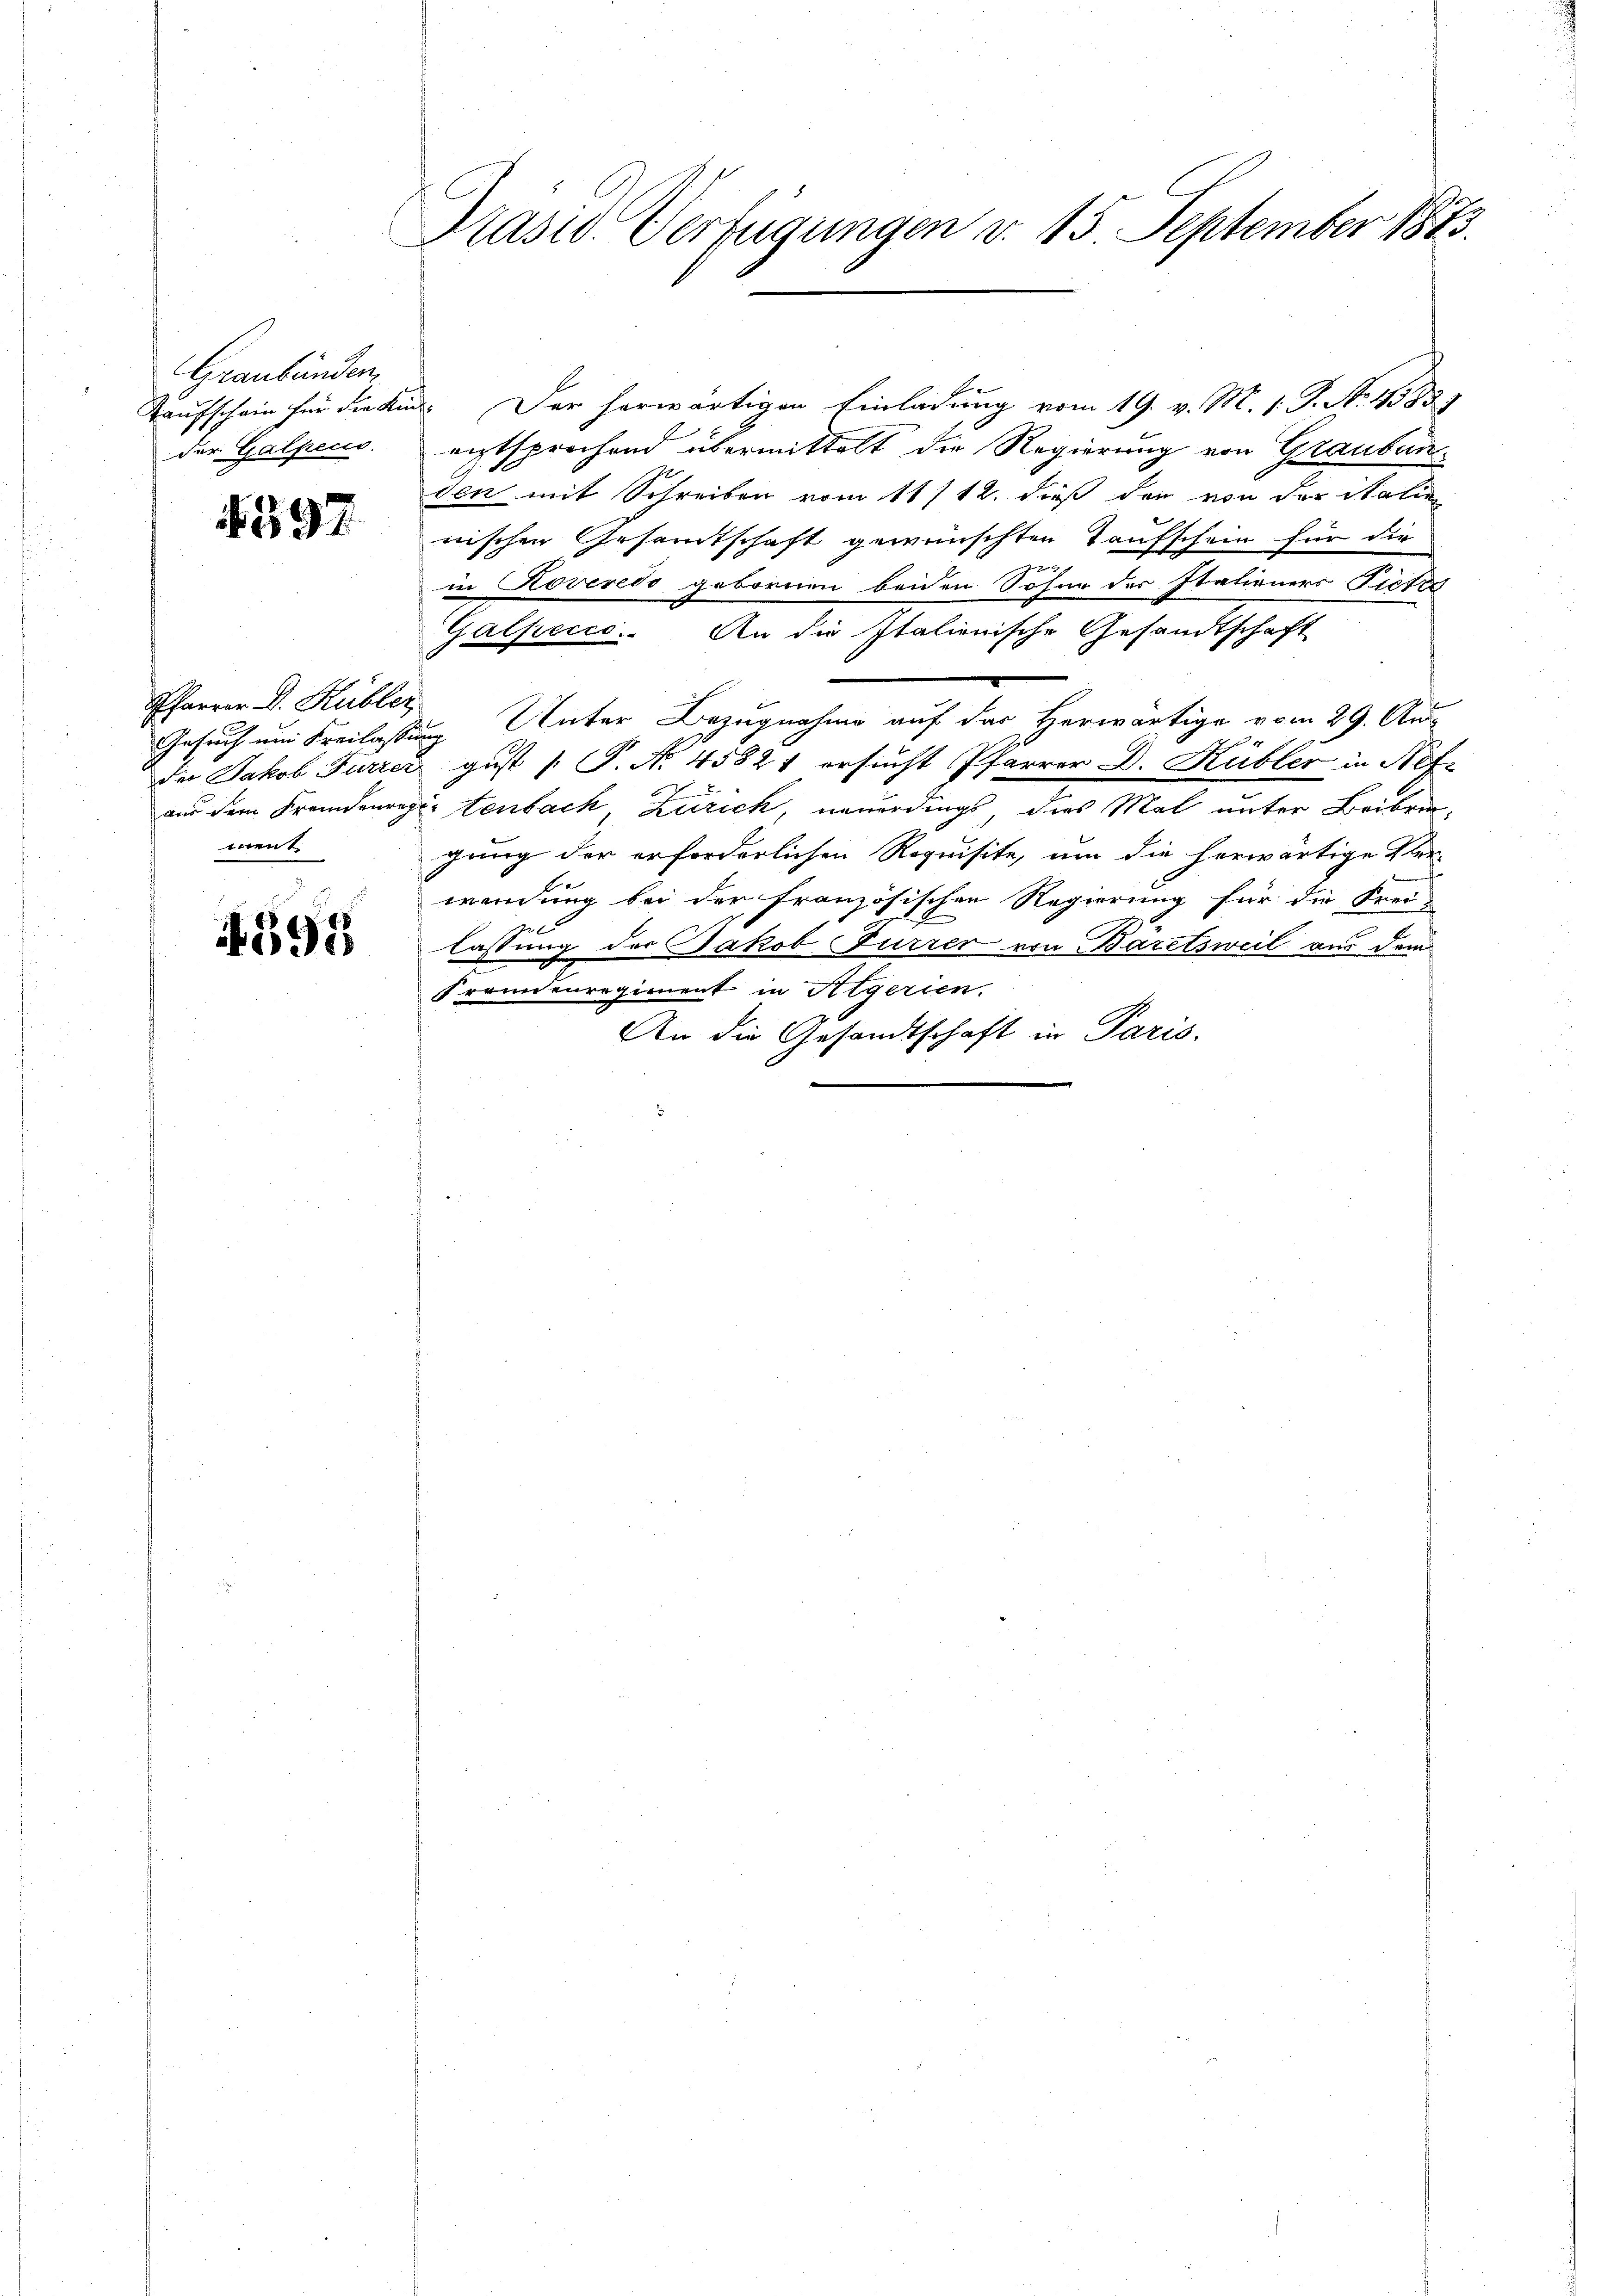
Graubünden,
der Galpeces

4397

Pfarrer D. Hubler
ment

595

Präsid. Verfügungen v. 15. September 1873.

Kaufschein für die Kinder herwärtigen Einladung vom 19. v. M. 1. P. No. 45857
entsprochend übermittelt die Regierung von Graubun
den mit Schreiben vom 11/12. dieß den von der italie
nischen Gesandtschaft gewünschten Taufschein für die
in Roveredo gebornen beiden Sohne des Italiener Tiefes
Galpecco. An die Italienische Gesandtschaft
Gesuch um Freilassung Unter Bezugnahme auf der Herwärtige vom 29. Au
der Jakob Furrer gust [ P. No 45821 ersucht Pfarrer D. Kübler in Nefaus dem Fremdenregistenbach, Zürich, neuerdings dies Mal unter Beibringung der erforderlichen Requisite, um die herwärtige Ver-
wendung bei der französischen Regierung für die Frei-
lassung der Jakob Furrer von Bäretsweil aus dem
Fronnenregiment in Atgerien.
An die Gesandtschaft in Paris.